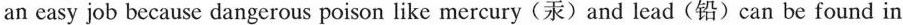
an easy job because dangerous poison like mercury(汞)and lead(铅)can be found in